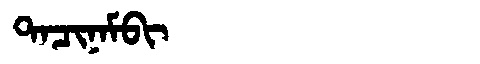
Manchu: ᡨᠠᠴᡳᠨᠠᠮᠪᡳ
Romanization: TACINAMBI